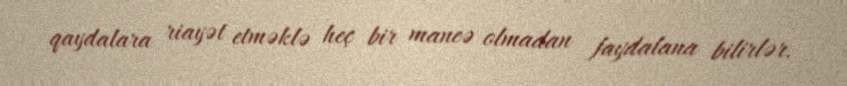
qaydalara riayət etməklə heç bir maneə olmadan faydalana bilirlər.